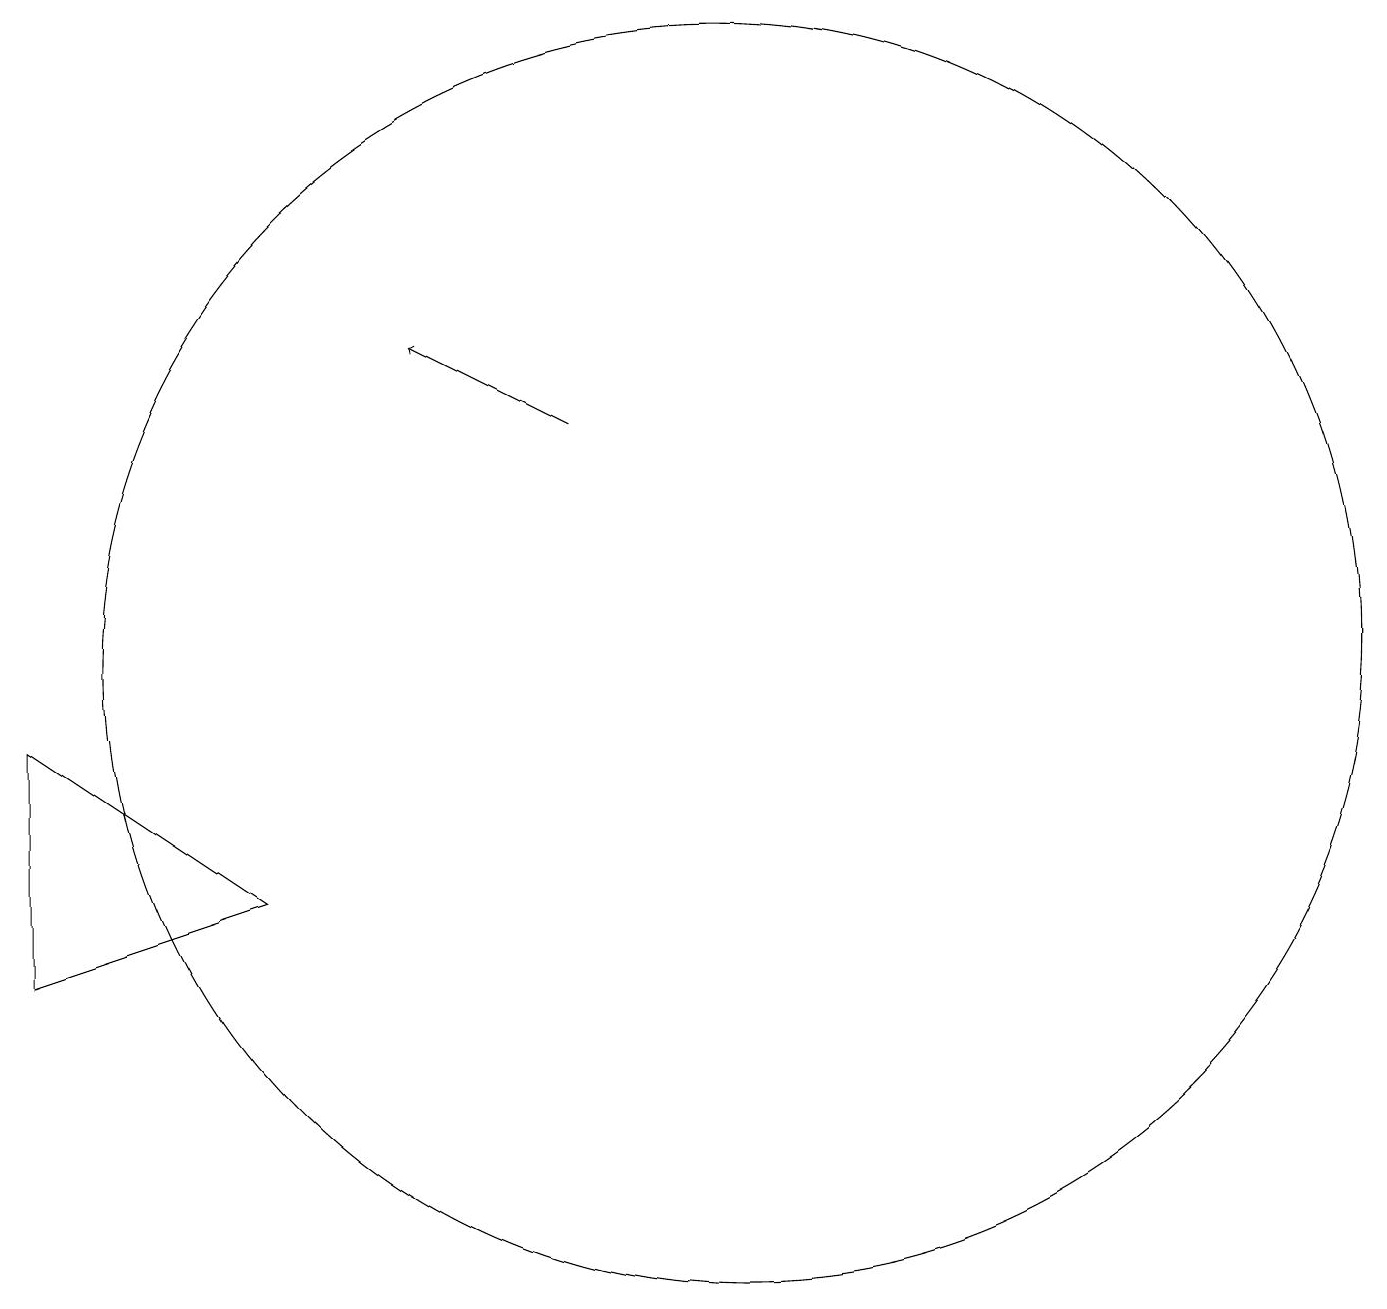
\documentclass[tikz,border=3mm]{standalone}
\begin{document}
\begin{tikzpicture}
\draw[->] (9,13) -- (7,14);
\draw (2,9) -- (2,6) -- (5,7) -- cycle;
\draw (11,10) circle (8);
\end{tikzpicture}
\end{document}